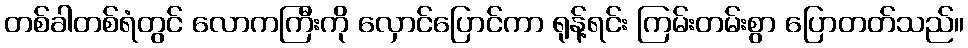
တစ်ခါတစ်ရံတွင် လောကကြီးကို လှောင်ပြောင်ကာ ရုန့်ရင်း ကြမ်းတမ်းစွာ ပြောတတ်သည်။